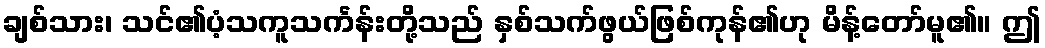
ချစ်သား၊ သင်၏ပံ့သကူသင်္ကန်းတို့သည် နှစ်သက်ဖွယ်ဖြစ်ကုန်၏ဟု မိန့်တော်မူ၏။ ဤ